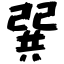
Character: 巽